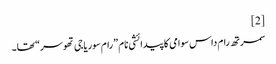
[2]
سمرتھ رام داس سوامی کا پیدائشی نام ”رام سوریاجی تھوسر“ تھا۔